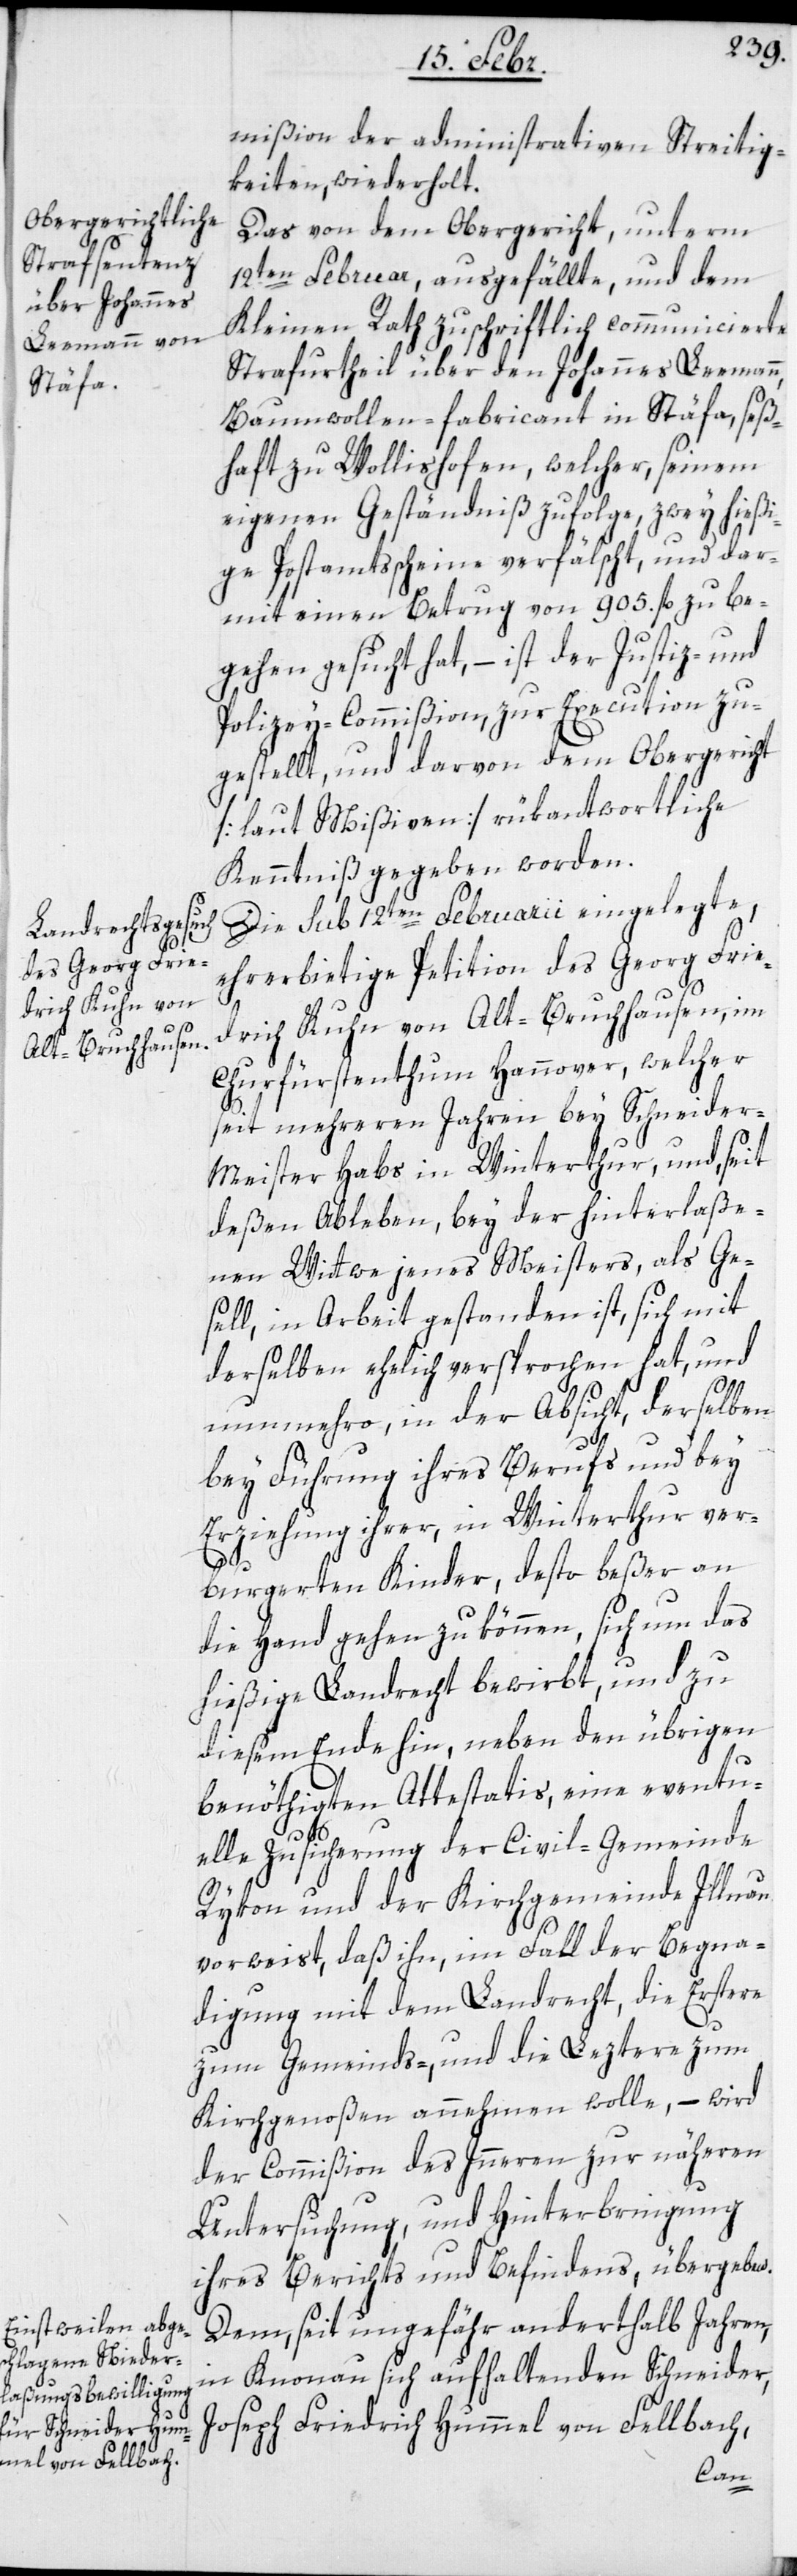
mißion der administrativen Streitig¬
keiten, wiederholt.
Das von dem Obergericht, unterm
12ten Februar, ausgefällte, und dem
Kleinen Rath zuschriftlich communicierte
Strafurtheil über den Johannes Leemann,
Baumwollen-fabricant in Stäfa, seß¬
haft zu Wollishofen, welcher, seinem
eigenen Geständniß zufolge, zwey hießi¬
ge Postamtsscheine verfälscht, und dar¬
mit einen Betrug von 905. fl. zu be¬
gehen gesucht hat, – ist der Justiz- und
Polizey-Commißion, zur Execution zu¬
gestellt, und darvon dem Obergericht
[laut Mißiven] rükantwortliche
Kenntniß gegeben worden.
Die sub 12ten Februarii eingelegte,
ehrerbietige Petition des Georg Frie¬
drich Kuhn von Alt-Bruchhausen, im
Churfürstenthum Hannover, welcher
seit mehreren Jahren bey Schneider-M¬
eister habs in Winterthur, und, seit
deßen Ableben, bey der hinterlaße¬
nen Wittwe jenes Meisters, als Ge¬
sell in Arbeit gestanden ist, sich mit
derselben ehelich versprochen hat, und
nunmehro, in der Absicht, derselben
bey Führung ihres Berufs und bey
Erziehung ihrer in Winterthur ver¬
burgerten Kinder, desto beßer an
die Hand gehen zu können, sich um das
hießige Landrecht bewirbt, und zu
diesem Ende hin, neben den übrigen
benöthigten Attestatis, eine eventu¬
elle Zusicherung der Civil-Gemeinde
Rykon und der Kirchgemeinde Illnau
vorweist, daß ihn, im Fall der Begna¬
digung mit dem Landrecht, die Erstere
zum Gemeinds-, und die Leztere zum
Kirchgenoßen annehmen wolle, – wird
der Commißion des Inneren zur näheren
Untersuchung, und Hinterbringung
ihres Berichts und Befindens, übergeben.
Dem, seit ungefähr anderthalb Jahren,
in Knonau sich aufhaltenden Schneider,
Joseph Friedrich Hummel von Fellbach,